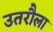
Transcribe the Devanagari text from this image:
उतरौला